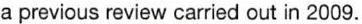
a previous review carried out in 2009.